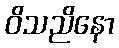
ဝိသညိနော